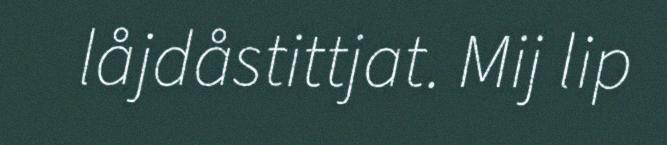
låjdåstittjat. Mij lip